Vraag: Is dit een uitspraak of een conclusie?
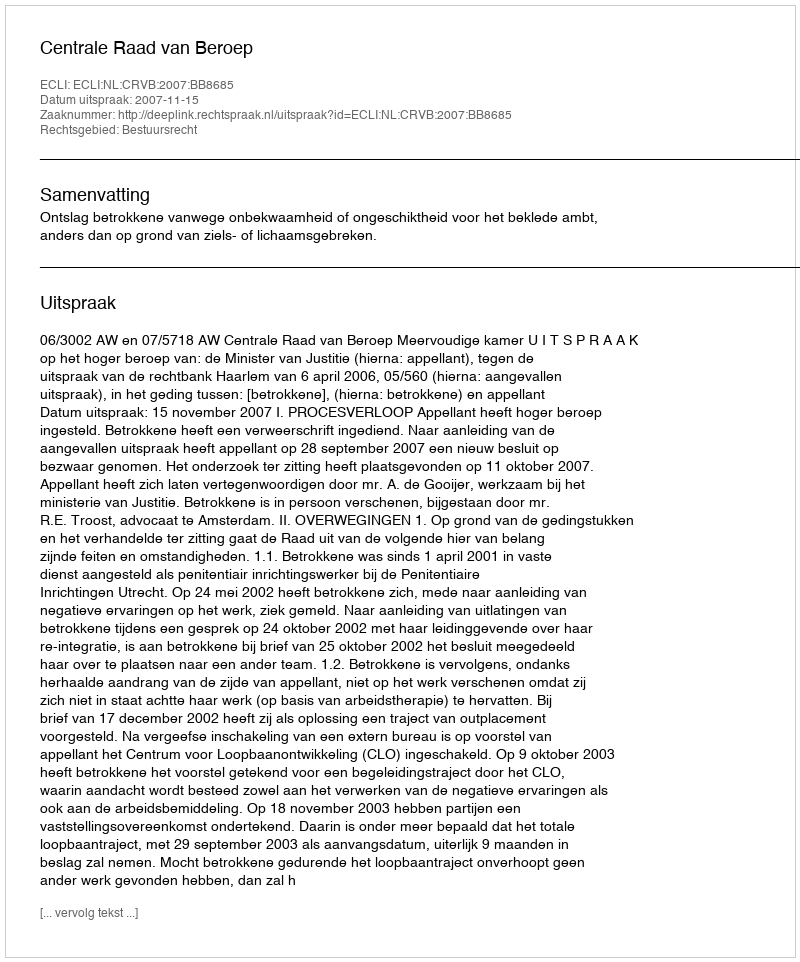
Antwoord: Uitspraak